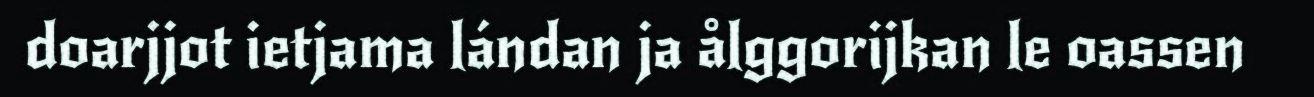
doarjjot ietjama lándan ja ålggorijkan le oassen